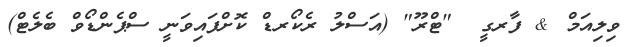
ވިލިއަމް & ފާރގީ  "ޓްރޫ" (އަސްލު ރެކޯރޑް ކޮށްފައިވަނީ ސްޕެންޑޯވް ބެލެޓް)